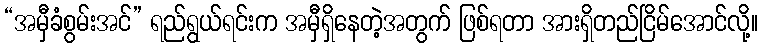
“အမှီခံစွမ်းအင်” ရည်ရွယ်ရင်းက အမှီရှိနေတဲ့အတွက် ဖြစ်ရတာ အားရှိတည်ငြိမ်အောင်လို့။